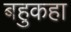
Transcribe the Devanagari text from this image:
बहुकहा